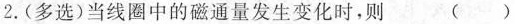
2. (多选)当线圈中的磁通量发生变化时，则 ( )